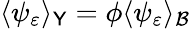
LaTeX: \langle\psi_{\varepsilon}\rangle_{\mathsf{Y}}=\phi\langle\psi_{\varepsilon}\rangle_{\mathcal{{B}}}